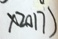
\times 2 0 1 7 )